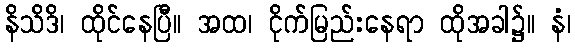
နိသိဒိ၊ ထိုင်နေပြီ။ အထ၊ ငိုက်မြည်းနေရာ ထိုအခါ၌။ နံ၊